Civil Veterinary Dept. Bombay admin report 1900-1906 - 1900-1906
Year: 1900
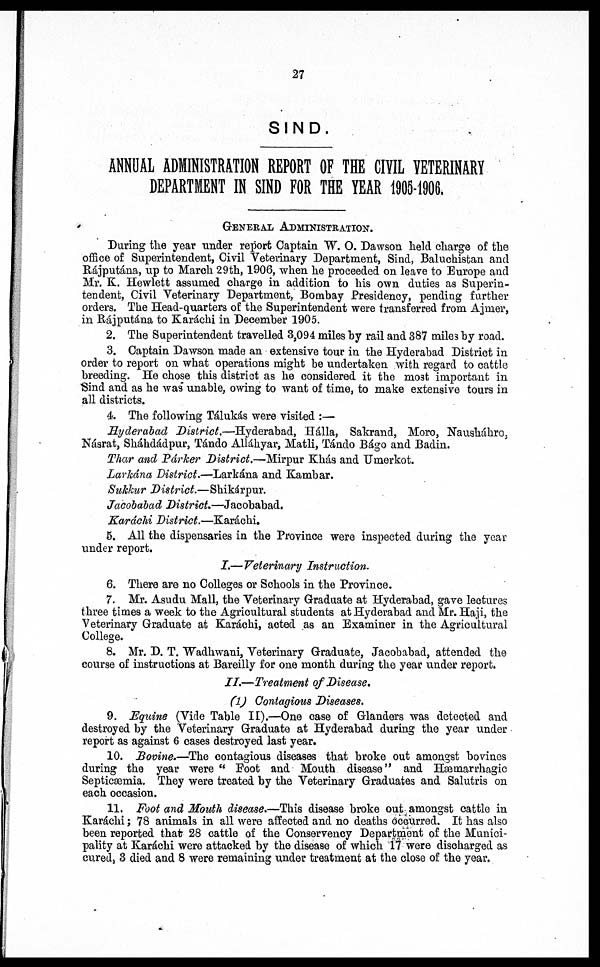
27
SIND.
ANNUAL ADMINISTRATION REPORT OF THE CIVIL VETERINARY
DEPARTMENT I SIND FOR THE YEAR 1905-1906.
GENERAL ADMINISTRATION.
During the year under report Captain W. O. Dawson held charge of the
office of Superintendent, Civil Veterinary Department, Sind, Baluchistan and
Rájputána, up to March 29th, 1906, when he proceeded on leave to Europe and
Mr. K. Hewlett assumed charge in addition to his own duties as Superin-
tendent, Civil Veterinary Department, Bombay Presidency, pending further
orders. The Head-quarters of the Superintendent were transferred from Ajmer,
in Rájputána to Karáchi in December 1905.
2. The Superintendent travelled 3,094 miles by rail and 387 miles by road.
3. Captain Dawson made an extensive tour in the Hyderabad District in
order to report on what operations might be undertaken with regard to cattle
breeding. He chose this district as he considered it the most important in
Sind and as he was unable, owing to want of time, to make extensive tours in
all districts.
4. The following Tálukás were visited:—
Hyderabad District.—Hyderabad, Hálla, Sakrand, Moro, Nausháhro,
Násrat, Sháhdádpur, Tándo Alláhyar, Matli, Tándo Bágo and Badin.
Thar and Parker District.—Mirpur Khás and Umerkot.
Larkána District.—Larkána and Kambar.
Sukkur District.—Shikárpur.
Jacobabad District.—Jacobabad.
Karáchi District.—Karáchi.
5. All the dispensaries in the Province were inspected during the year
under report.
I.—Veterinary Instruction.
6. There are no Colleges or Schools in the Province.
7. Mr. Asudu Mall, the Veterinary Graduate at Hyderabad, gave lectures
three times a week to the Agricultural students at Hyderabad and Mr. Haji, the
Veterinary Graduate at Karachi, acted as an Examiner in the Agricultural
College.
8. Mr. D. T. Wadhwani, Veterinary Graduate, Jacobabad, attended the
course of instructions at Bareilly for one month during the year under report.
II.—Treatment of Disease.
(1) Contagious Diseases.
9. Equine (Vide Table II).—One case of Glanders was detected and
destroyed by the Veterinary Graduate at Hyderabad during the year under
report as against 6 cases destroyed last year.
10. Bovine.—The contagious diseases that broke out amongst bovines
during the year were "Foot and Mouth disease" and Hæmarrhagic
Septicæmia. They were treated by the Veterinary Graduates and Salutris on
each occasion.
11. Foot and Mouth disease.—This disease broke out amongst cattle in
Karáchi; 78 animals in all were affected and no deaths occurred. It has also
been reported that 28 cattle of the Conservency Department of the Munici-
pality at Karachi were attacked by the disease of which 17 were discharged as
cured, 3 died and 8 were remaining under treatment at the close of the year.